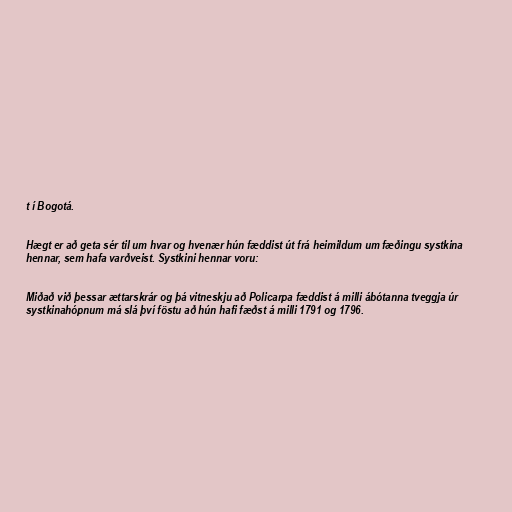
t í Bogotá.

Hægt er að geta sér til um hvar og hvenær hún fæddist út frá heimildum um fæðingu systkina
hennar, sem hafa varðveist. Systkini hennar voru:

Miðað við þessar ættarskrár og þá vitneskju að Policarpa fæddist á milli ábótanna tveggja úr
systkinahópnum má slá því föstu að hún hafi fæðst á milli 1791 og 1796.